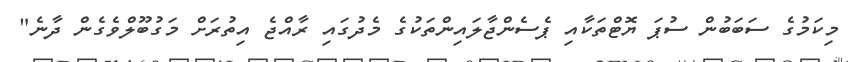
މިކަމުގެ ސަބަބުން ސުޕަ ޔޮޓްތަކާއި ޕެސެންޖާލައިންތަކުގެ މެދުގައި ރާއްޖެ އިތުރަށް މަގުބޫލްވެގެން ދާނެ"